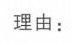
理由：